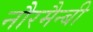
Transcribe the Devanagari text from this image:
नौरमैन्बी